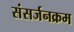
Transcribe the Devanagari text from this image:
संसर्जनक्रम